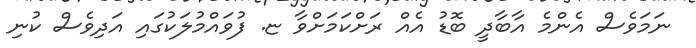
ނަމަވެސް އެންމެ އާބާދީ ބޮޑު އެއް ރަށްކަމަށްވާ ޏ. ފުވައްމުލަކުގައި އަދިވެސް ކުނި